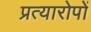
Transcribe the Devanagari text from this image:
प्रत्यारोपों